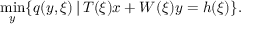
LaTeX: \operatorname* { m i n } _ { y } \{ q ( y , \xi ) \, | \, T ( \xi ) x + W ( \xi ) y = h ( \xi ) \} .